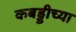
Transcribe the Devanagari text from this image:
कबड्डीच्या